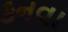
કનવા